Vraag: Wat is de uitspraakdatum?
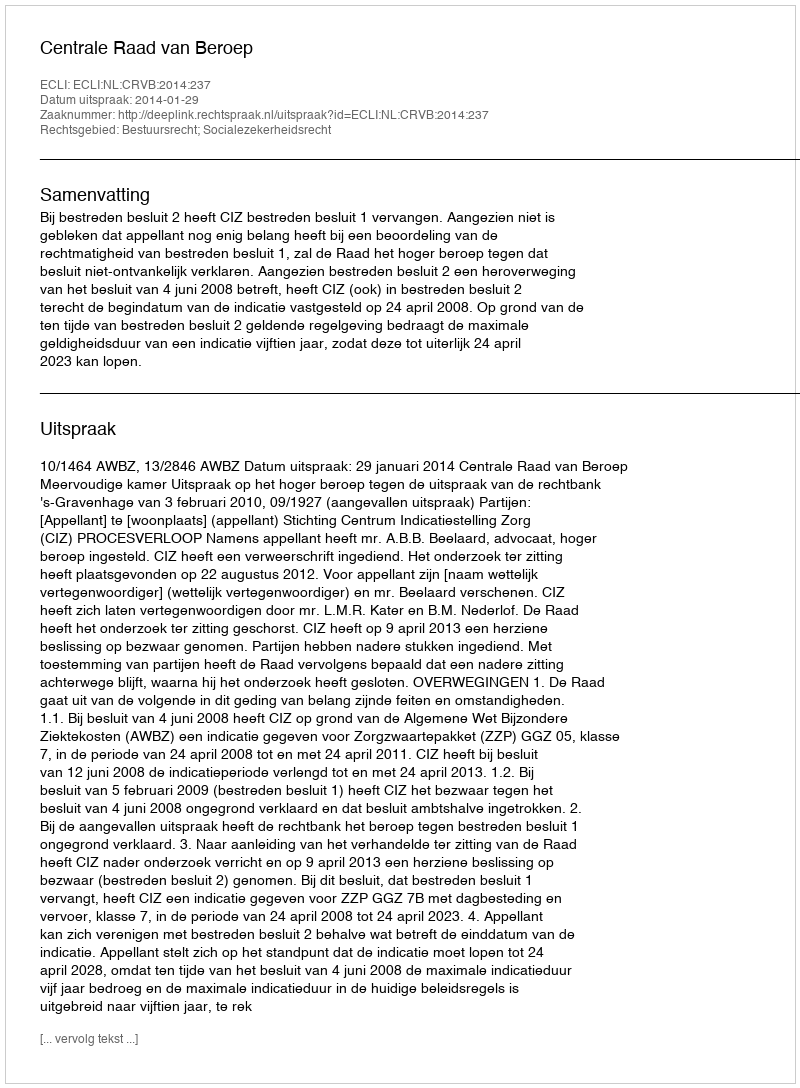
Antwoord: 2014-01-29